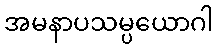
အမနာပသမ္ပယောဂါ